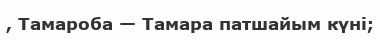
, Тамароба — Тамара патшайым күні;